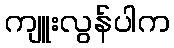
ကျူးလွန်ပါက